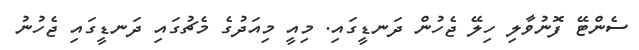
ސެންޓޭ ފޮނުވާލި ހިލޭ ޖެހުން ދަނޑީގައި. މިއީ މިއަދުގެ މެޗުގައި ދަނޑީގައި ޖެހުނު